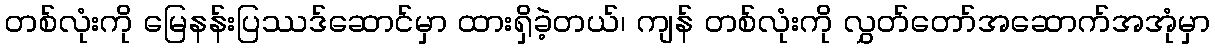
တစ်လုံးကို မြေနန်းပြဿဒ်ဆောင်မှာ ထားရှိခဲ့တယ်၊ ကျန် တစ်လုံးကို လွှတ်တော်အဆောက်အအုံမှာ